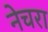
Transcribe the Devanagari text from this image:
नेचरा